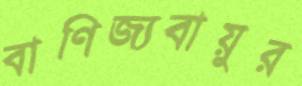
বাণিজ্যবায়ুর